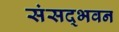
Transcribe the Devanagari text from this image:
संसद्भवन